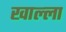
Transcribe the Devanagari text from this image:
खाल्‍ला